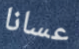
عسانا